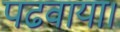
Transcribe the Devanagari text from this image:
पढवाया।